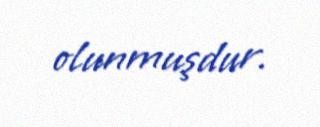
olunmuşdur.